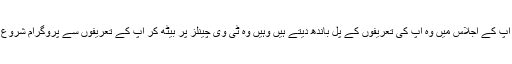
وہ آپ کی اس کمزوری سے فائدہ اٹھاتے ہیں‘ جہاں آپ کے اجلاس میں وہ آپ کی تعریفوں کے پل باندھ دیتے ہیں وہیں وہ ٹی وی چینلز پر بیٹھ کر آپ کے تعریفوں سے پروگرام شروع کرتے ہیں اور آپ کی تعریف پر ہی ختم کرتے ہیں۔